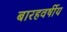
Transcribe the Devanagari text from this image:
बारहवर्षीय